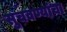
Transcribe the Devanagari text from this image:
सुचवण्यांचा